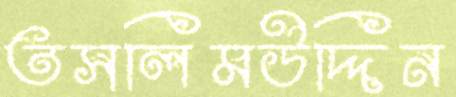
তসলিমউদ্দিন